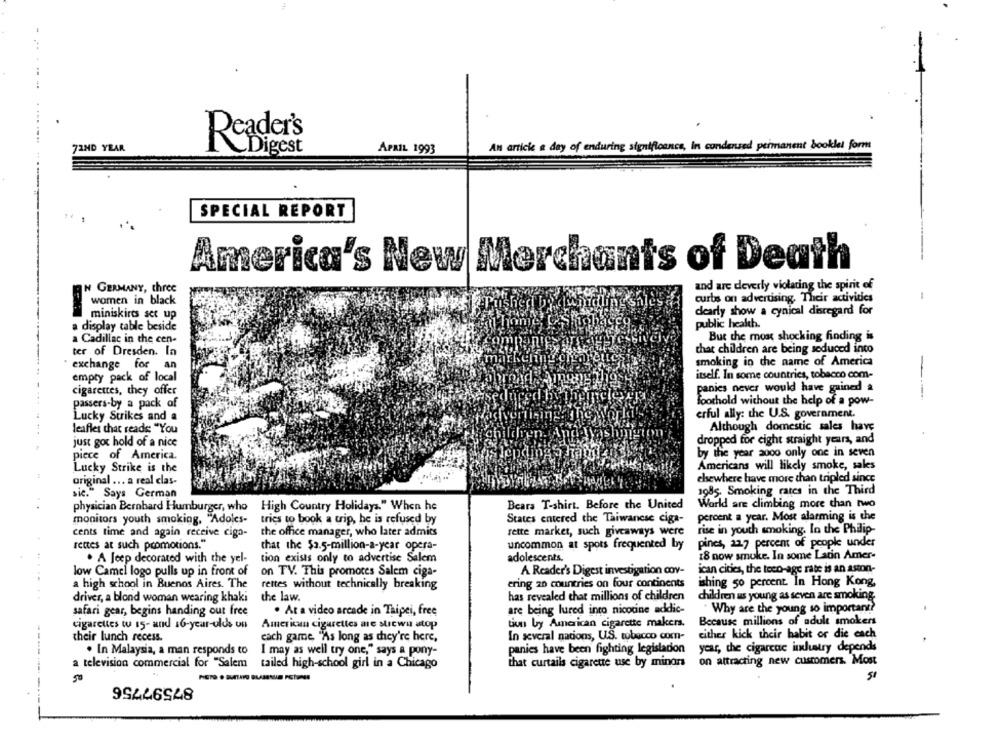
Reader's
72ND YEAR
An article & day of enduring significance, In condensed permanent booklet form
Digest
APRIL 1993
SPECIAL REPORT
America's New Merchants of Death
IN GERMANY, three
and are deverly violating the spirit of
-
women in black
curbs on advertising. Their activities
dearly show a cynical disregard for
miniskirts set up
display table beside
public health.
a Cadillac in the cen-
But the most shocking finding is
that children are being seduced into
ter of Dresden. In
smoking in the name of America
exchange for an
empty pack of local
itself. In some countries, tobacco com-
cigarettes, they offer
panics never would have gained a
passers-by a pack of
foothold without the help of a pow-
Lucky Strikes and a
erful ally: the U.S. government.
leafles that reads; "You
Although domestic sales have
just got hold of a nice
dropped for eight straight years, and
by the year 2000 only one in seven
piece of America.
Lucky Strike is the
Americans will likely smoke, sales
original ... a real clas-
elsewhere have more than tripled since
sic." Says German
1985. Smoking rates in the Third
Bears T-shirt. Before the United
World are climbing more than two
physician Bernhard Humburger, who
High Country Holidays." When he
monitors youth smoking, "Adoles-
tries to book a trip, he is refused by
States entered the Taiwanese ciga-
percent a year. Most alarming is the
cents time and again receive cigo-
the office manager, who later admits
rette market, such giveaways were
rise in youth smoking. In the Philip-
rettes at such promotions."
that the $2.5-million-a-year opera-
uncommon at spots frequented by
pines, 227 percent of people under
adolescents.
18 now smuke. In some Latin Amer-
. A Jeep decorated with the yel-
tion exists only to advertise Salem
low Camel logo pulls up in front of
on TV. This promotes Salem ciga-
A Reader's Digest investigation cov-
ican cities, the toco-age rate is an aston-
a high school in Buenos Aires. The
rettes without technically breaking
ering 20 countries on four continents
ishing 50 percent. In Hong Kong,
...... .
driver, a blond woman wearing khaki
the law.
has revealed that millions of children
children us young as seven are smoking.
Why are the young so important?
safari gear, begins handing out free
. At a video arcade in Taipei, free
are being lured into nicotine addic-
cigarettes tu 15- and 16-year-olds un
tion by American cigarette makers.
Because millions of adult smokers
American cigarettes me strewn stop
their lunch recess.
each game, "As long as they're here,
In several nacions, U.S. tobacco com-
either kick their habit or die each
. In Malaysia, a man responds to
I may as well try one," says a pony-
panies have been fighting legisladon
year, the cigareac industry depends
---- -
on attracting new customers. Most
a television commercial for "Salem
tailed high-school girl in a Chicago
that curtails cigarette use by minors
50
87597756